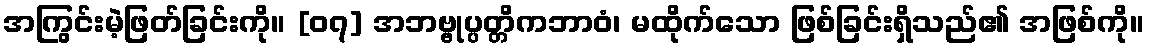
အကြွင်းမဲ့ဖြတ်ခြင်းကို။ [၀၇] အဘဗ္ဗုပ္ပတ္တိကဘာဝံ၊ မထိုက်သော ဖြစ်ခြင်းရှိသည်၏ အဖြစ်ကို။